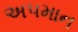
અ૫માન